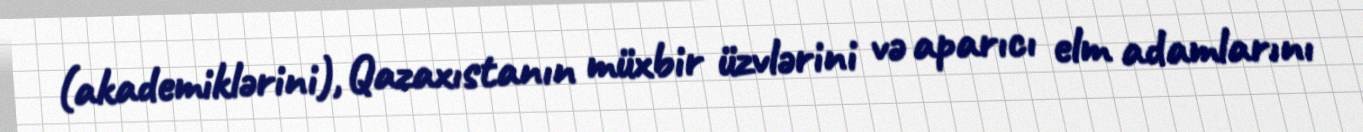
(akademiklərini), Qazaxıstanın müxbir üzvlərini və aparıcı elm adamlarını